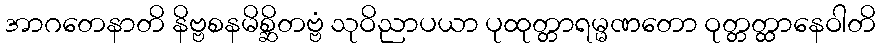
အာဂတေနာတိ နိဗ္ဗစနမိစ္ဆိတဗ္ဗံ သုဝိညာပယာ ပုထုတ္တာရမ္မဏတော ဝုတ္တတ္ထာနေဝါတိ